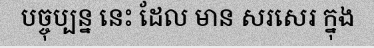
បច្ចុប្បន្ន នេះ ដែល មាន សរសេរ ក្នុង